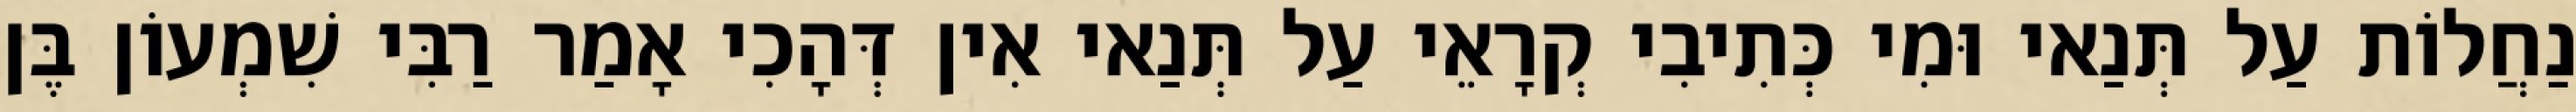
נַחֲלוֹת עַל תְּנַאי וּמִי כְּתִיבִי קְרָאֵי עַל תְּנַאי אִין דְּהָכִי אָמַר רַבִּי שִׁמְעוֹן בֶּן